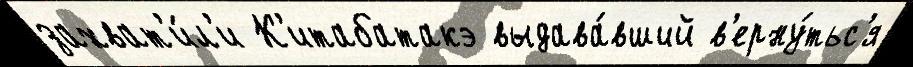
захват'и́л'и К'итабатакэ выдава́вший в'ерну́тьс'я